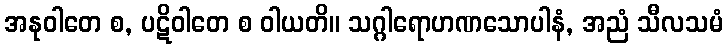
အနုဝါတေ စ, ပဋိဝါတေ စ ဝါယတိ။ သဂ္ဂါရောဟဏသောပါနံ, အညံ သီလသမံ